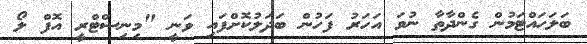
ބަލަހައްޓަމުން ގެންދާތާ ނުވަ އަހަރު ފަހުން ބަދަލުކޮށްފައި ވަނީ "މިނިސްޓްރީ އޮފް ލޯ